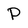
Character: P